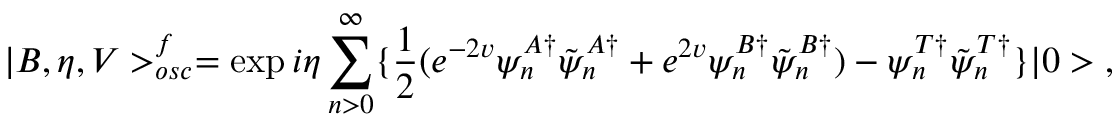
| B , \eta , V > _ { o s c } ^ { f } = \exp { i \eta \sum _ { n > 0 } ^ { \infty } \{ \frac { 1 } { 2 } ( e ^ { - 2 v } \psi _ { n } ^ { A \dagger } \tilde { \psi } _ { n } ^ { A \dagger } + e ^ { 2 v } \psi _ { n } ^ { B \dagger } \tilde { \psi } _ { n } ^ { B \dagger } ) - \psi _ { n } ^ { T \dagger } \tilde { \psi } _ { n } ^ { T \dagger } \} } | 0 > \; ,